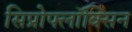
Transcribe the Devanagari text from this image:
सिप्रोफ्लॉक्सिन